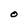
Character: O